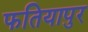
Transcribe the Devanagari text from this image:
फतियापुर